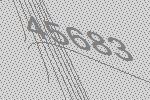
45683